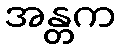
အန္တက